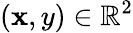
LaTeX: (\mathbf{x},y)\in\mathbb{{R}}^{2}